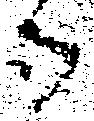
御